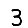
Digit: 3